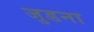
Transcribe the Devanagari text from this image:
जुडना